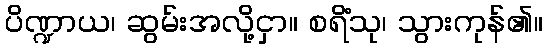
ပိဏ္ဍာယ၊ ဆွမ်းအလို့ငှာ။ စရိံသု၊ သွားကုန်၏။